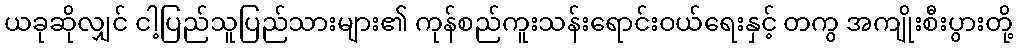
ယခုဆိုလျှင် ငါ့ပြည်သူပြည်သားများ၏ ကုန်စည်ကူးသန်းရောင်းဝယ်ရေးနှင့် တကွ အကျိုးစီးပွားတို့